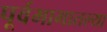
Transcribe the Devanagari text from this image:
पूर्वभागातल्या